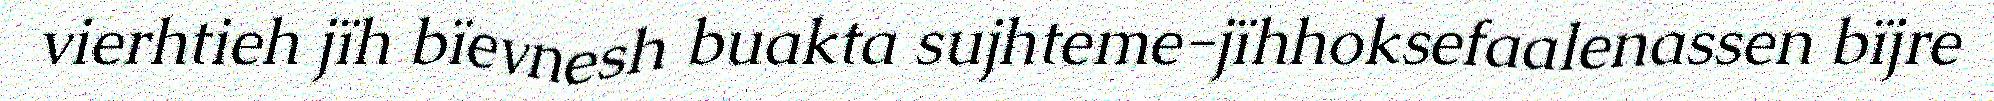
vierhtieh jïh bïevnesh buakta sujhteme-jïhhoksefaalenassen bïjre